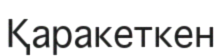
Қаракеткен